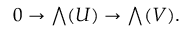
0 \to { \textstyle \bigwedge } ( U ) \to { \textstyle \bigwedge } ( V ) .